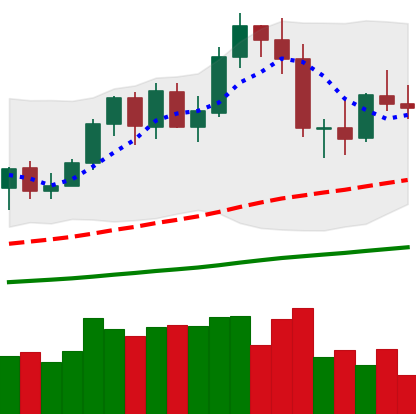
Ticker: NEO-USD
Chart end date: 2020-09-26
Forward return: -11.304%
Label: down_7plus